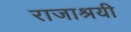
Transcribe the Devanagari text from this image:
राजाश्रयी